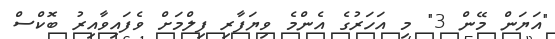
"އަޔަން މޭން 3" މި އަހަރުގެ އެންމެ ވިޔަފާރި ފިލްމަށް ވެފައިވާއިރު ބޮކްސް